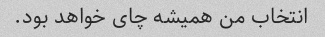
انتخاب من همیشه چای خواهد بود.